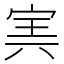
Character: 㝙